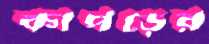
কাপড়ের